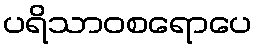
ပရိသာဝစရောပေ